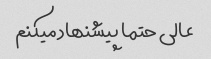
عالی حتما پیشنهاد میکنم